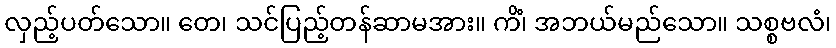
လှည့်ပတ်သော။ တေ၊ သင်ပြည့်တန်ဆာမအား။ ကိံ၊ အဘယ်မည်သော။ သစ္စဗလံ၊